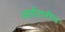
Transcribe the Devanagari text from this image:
आर्येतरीय